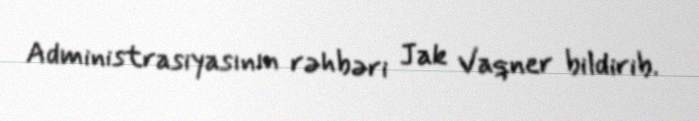
Administrasiyasının rəhbəri Jak Vaqner bildirib.